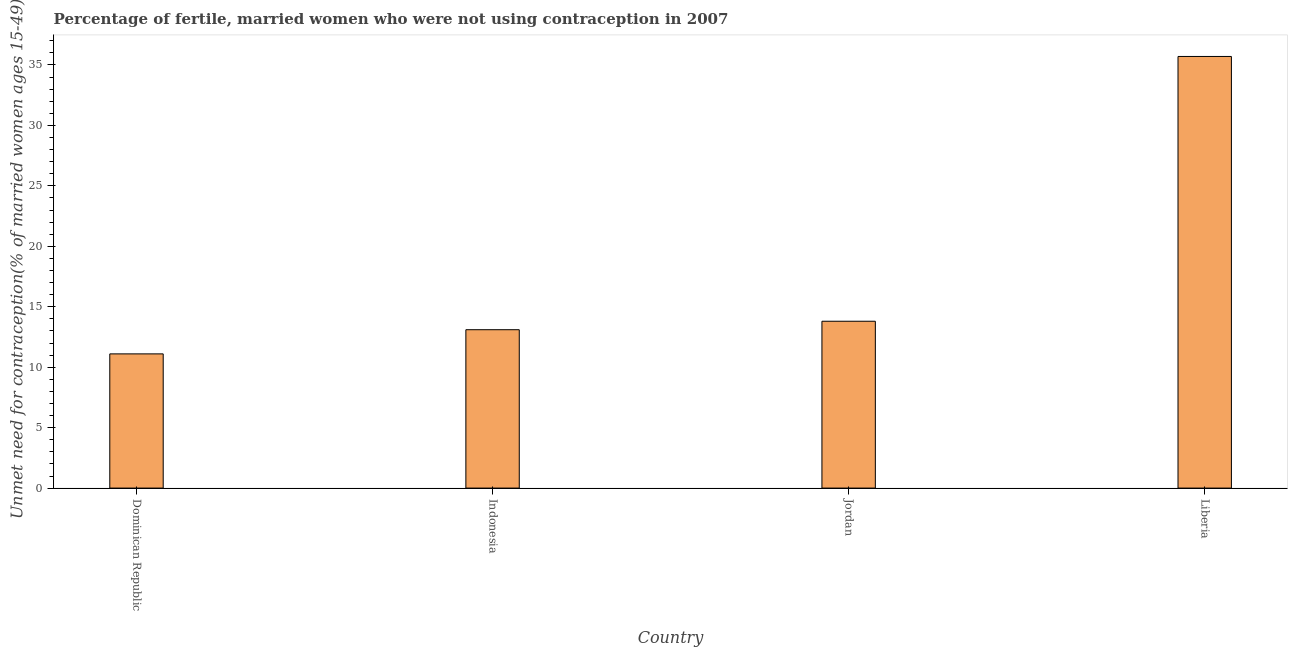
| Country | Unmet need for contraception |
 | --- | --- |
 | Dominican Republic | 11.1 |
 | Indonesia | 13.1 |
 | Jordan | 13.8 |
 | Liberia | 35.7 |